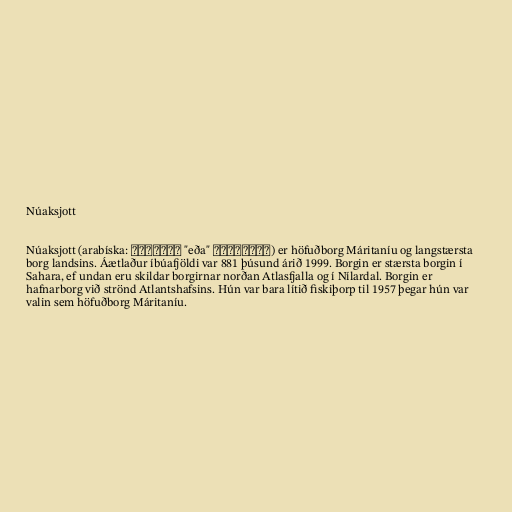
Núaksjott

Núaksjott (arabíska: نواكشوط "eða" انواكشوط) er höfuðborg Máritaníu og langstærsta
borg landsins. Áætlaður íbúafjöldi var 881 þúsund árið 1999. Borgin er stærsta borgin í
Sahara, ef undan eru skildar borgirnar norðan Atlasfjalla og í Nílardal. Borgin er
hafnarborg við strönd Atlantshafsins. Hún var bara lítið fiskiþorp til 1957 þegar hún var
valin sem höfuðborg Máritaníu.